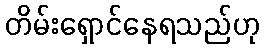
တိမ်းရှောင်နေရသည်ဟု